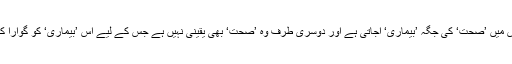
کیونکہ اس میں ’صحت‘ کی جگہ ’بیماری‘ آجاتی ہے اور دوسری طرف وہ ’صحت‘ بھی یقینی نہیں ہے جس کے لیے اس ’بیماری‘ کو گوارا کیا گیا ہے۔